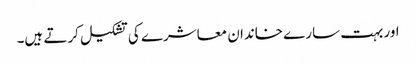
اور بہت سارے خاندان معاشرے کی تشکیل کرتے ہیں۔